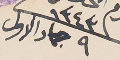
١٣٤٣ ٩ جماد الاول